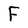
Character: F